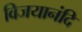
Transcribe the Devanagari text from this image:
विजयानंदि